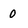
Character: 0